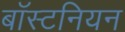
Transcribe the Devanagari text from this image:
बॉस्टनियन